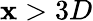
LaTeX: \mathbf{x}>3D